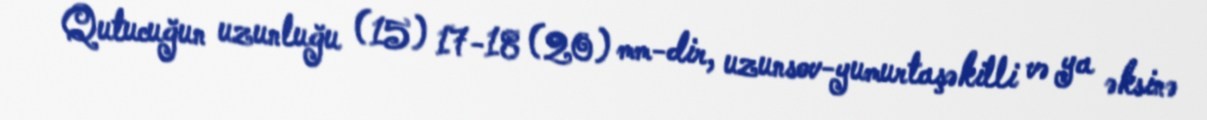
Qutucuğun uzunluğu (15) 17-18 (20) mm-dir, uzunsov-yumurtaşəkilli və ya əksinə